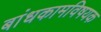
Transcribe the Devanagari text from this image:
बांधकामविषयक